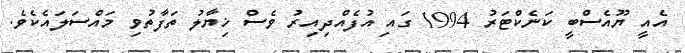
އެއީ ޔޫއެސްބީ ކަނެކްޓަރު 1994 ގައި އުފެއްދިއިރު ވެސް ޚިޔާލު ތަފާތުވި މައްސަލައެކެވެ.